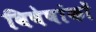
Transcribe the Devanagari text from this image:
विषेषांकों